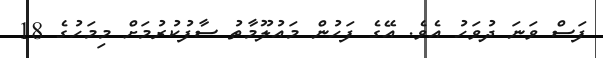
ފަސް ވަނަ ދުވަހު އެވެ. އޭގެ ފަހުން މައުލޫމާތު ސާފުކުރުމަށް މިމަހުގެ 18